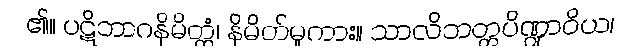
၏။ ပဋိဘာဂနိမိတ္တံ၊ နိမိတ်မူကား။ သာလိဘတ္တပိဏ္ဍာဝိယ၊